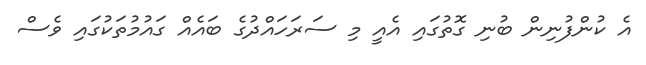
އެ ކުންފުނިން ބުނި ގޮތުގައި އެއީ މި ސަރަހައްދުގެ ބައެއް ގައުމުތަކުގައި ވެސް